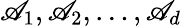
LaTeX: \mathscr{A}_{1},\mathscr{A}_{2},\dots,\mathscr{A}_{d}